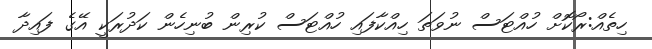
ހިތެއް:ރޯކޮށް ހުއްޓަސް ނުވަތަ ހިއްކާފައި ހުއްޓަސް ކުރިން ބުނިހެން ކަދުރަކީ އޭގެ ފައިދާ